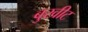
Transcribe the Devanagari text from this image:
बुखीट